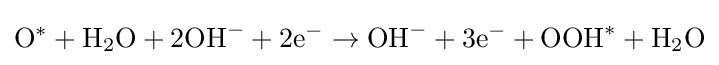
\mathrm {O} ^{*}+\mathrm {H} _{2}\mathrm {O} +2\mathrm {OH} ^{-}+2\mathrm {e} ^{-}\rightarrow \mathrm {OH} ^{-}+3\mathrm {e} ^{-}+\mathrm {OOH} ^{*}+\mathrm {H} _{2}\mathrm {O}